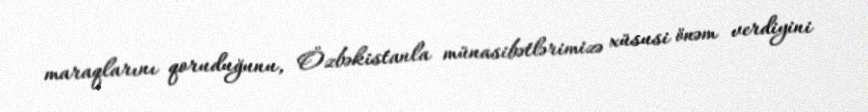
maraqlarını qoruduğunu, Özbəkistanla münasibətlərimizə xüsusi önəm verdiyini